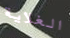
الغلاية